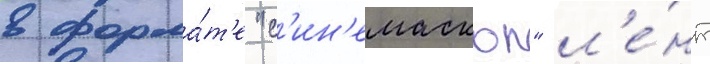
в форма́т'е "с'ин'емаскоп" л'е́нт